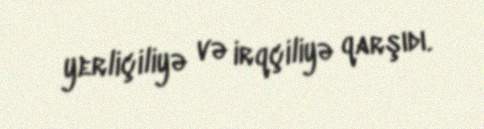
yerliçiliyə və irqçiliyə qarşıdı.